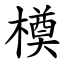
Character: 橂